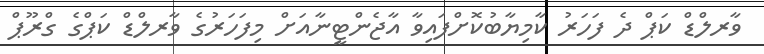
ވާރލްޑް ކަޕް ދެ ފަހަރު ކާމިޔާބުކޮށްފައިވާ އާޖެންޓީނާއަށް މިފަހަރުގެ ވާރލްޑް ކަޕްގެ ގްރޫޕް